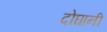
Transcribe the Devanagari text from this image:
दोघानी